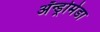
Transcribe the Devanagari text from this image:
अॅन्ड्रोमेडा